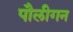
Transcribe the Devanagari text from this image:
पौलीगन